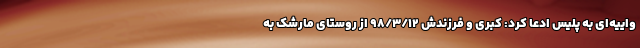
واییه‌ای به پلیس ادعا کرد: کبری و فرزندش 98/3/12 از روستای مارشک به